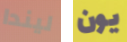
ليندا يون